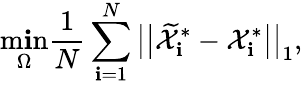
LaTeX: \operatorname*{m\mathbf{i}n}_{\Omega}\frac{{1}}{{N}}\sum_{\mathbf{i}=1}^{N}\big|\big|\widetilde{{\mathcal{{X}}}}_{\mathbf{i}}^{*}-\mathcal{{X}}_{\mathbf{i}}^{*}\big|\big|_{1},